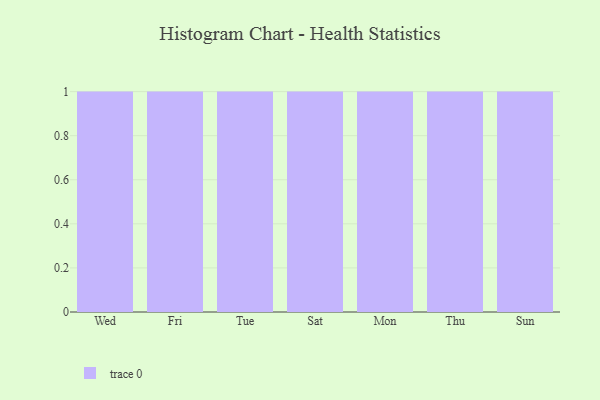
{"axis": {"x": "Day", "y": "LTV (USD)"}, "legend": [""], "data": [{"x": "Wed", "y": 10, "type": ""}, {"x": "Fri", "y": 46, "type": ""}, {"x": "Tue", "y": 19, "type": ""}, {"x": "Sat", "y": 84, "type": ""}, {"x": "Mon", "y": 2, "type": ""}, {"x": "Thu", "y": 96, "type": ""}, {"x": "Sun", "y": 44, "type": ""}]}